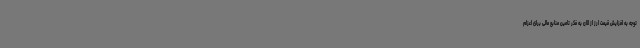
توجه به افزایش قیمت ارز از الان به فکر تامین منابع مالی برای اعزام